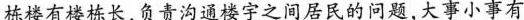
栋楼有楼栋长，负责沟通楼字之间居民的问题，大事小事有